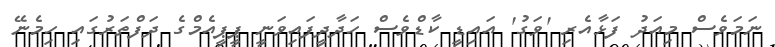
ނަމަވެސް މިއަދު ފަޅާއެރި 'ވަގު' އައިޑީ ކާޑްވެސް ހަދާދީފައިވަނީ ޕީޕީއެމްގެ ދަފްތަރުގައި ހިމެނޭ